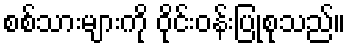
စစ်သားများကို ဝိုင်းဝန်းပြုစုသည်။